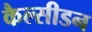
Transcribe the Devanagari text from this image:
कैल्सीडन